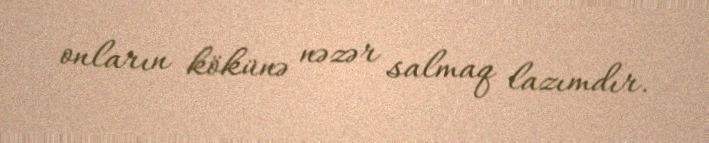
onların kökünə nəzər salmaq lazımdır.